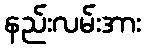
နည်းလမ်းအား